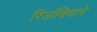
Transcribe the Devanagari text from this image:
रिंजंविणारे